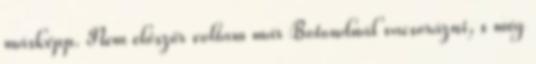
másképp. Nem először voltam már Botondnál vacsorázni, s még